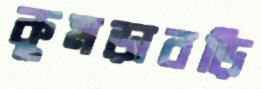
কুমড়াবড়ি